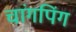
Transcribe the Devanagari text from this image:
चांगपिंग